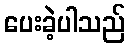
ပေးခဲ့ပါသည်